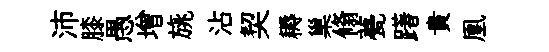
沛膝愚增旐沾契耨巢翛甍躇貴凰